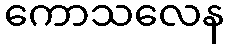
ကောသလေန